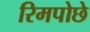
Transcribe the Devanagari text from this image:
रिमपोछे